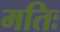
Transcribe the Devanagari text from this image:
मतिः